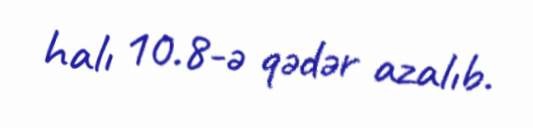
halı 10.8-ə qədər azalıb.